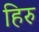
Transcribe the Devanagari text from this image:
हिरु